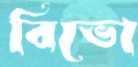
বিভো